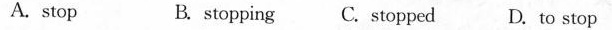
A. stop B. stopping C. Stopped D. to stop